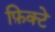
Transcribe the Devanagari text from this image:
फ़िक्टे